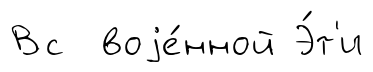
Вс воjе́нной Э́т'и